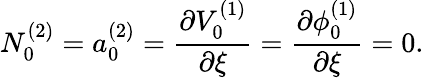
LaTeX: N_{0}^{(2)}=a_{0}^{(2)}=\frac{\partial V_{0}^{(1)}}{\partial\xi}=\frac{\partial\phi_{0}^{(1)}}{\partial\xi}=0.